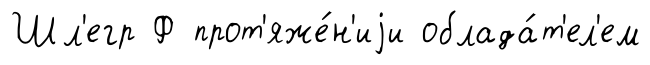
Шл'егр Ф прот'яже́н'иjи облада́т'ел'ем